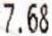
7.68